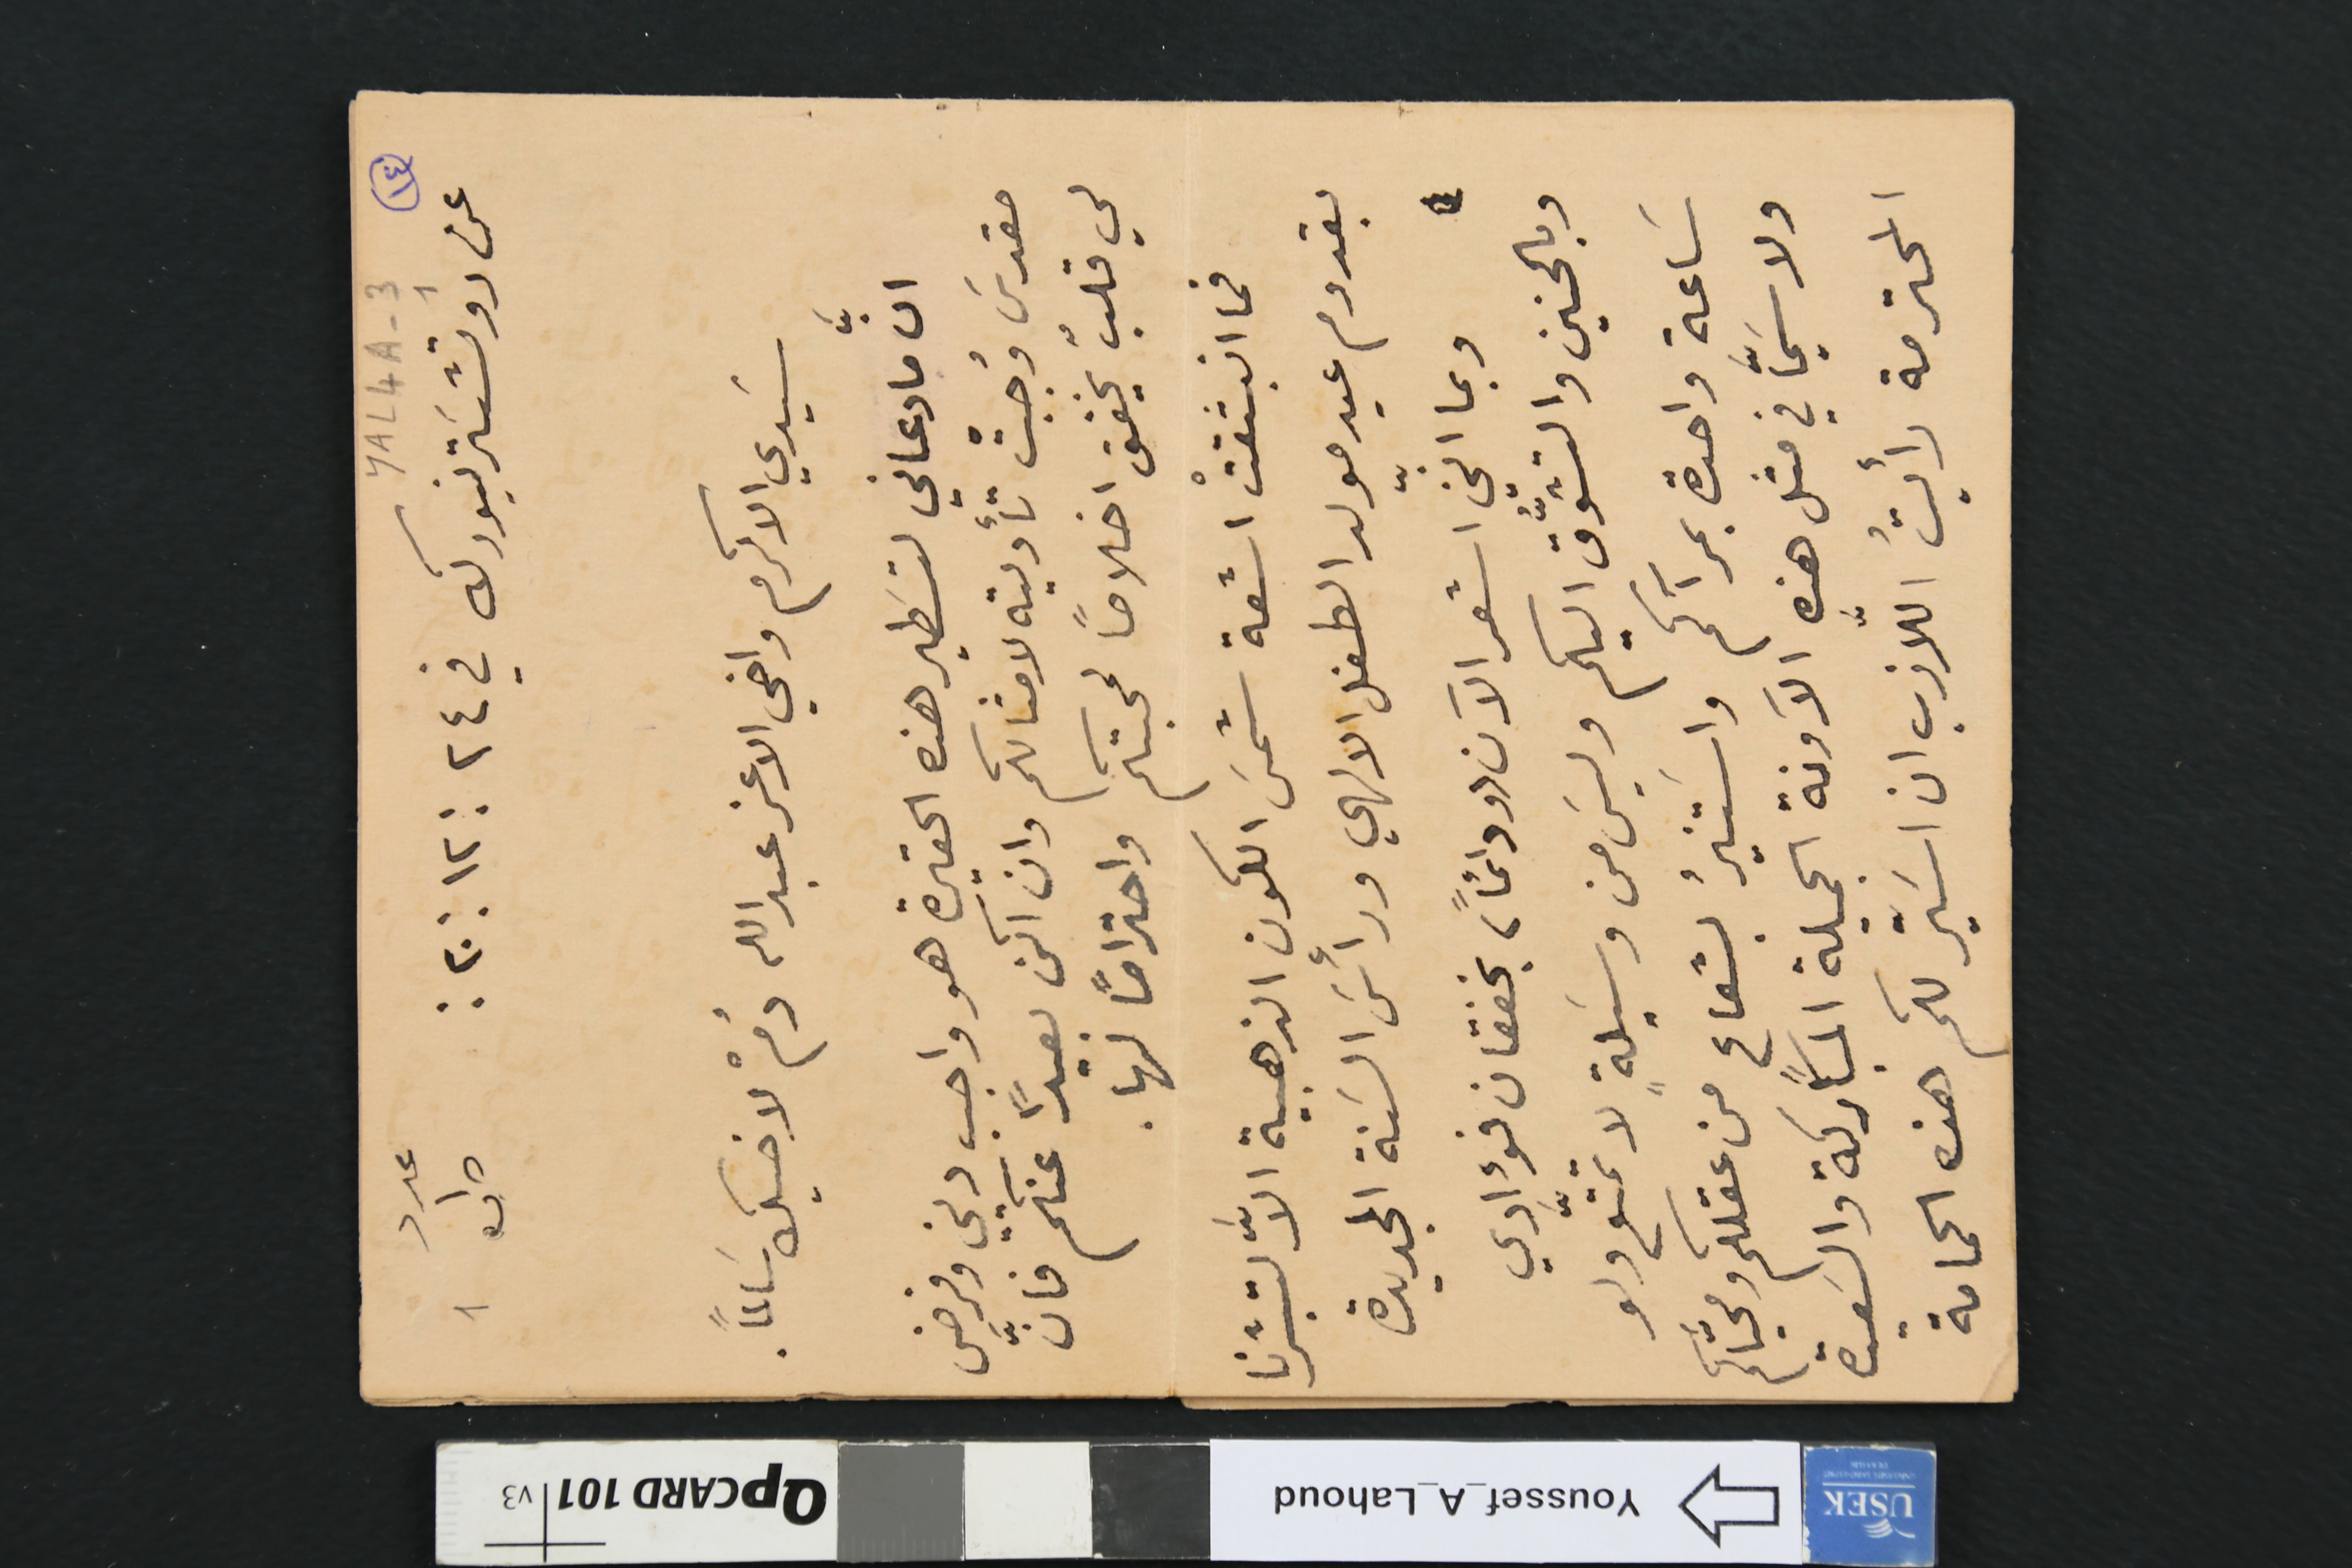
١٤
YAL4A-3 1
عدد ١ ص ١
عن روتشسَتر نيورك في ٢٤ : ١٢ : ٢٠ :
سَيدي الاكرم واخي الاعز عبدالله دُمْ لاخيك سَالماً
انَّ ما دعاني لتسَطير هذه الحقيرة هو واجب ديني وفرض
مقدسَ وُجبتْ تأديته لامثالكم وان اكن بعيدًا عنكم فانَّ
لي قلبُ يخفق اخلاصاً لمحبتكم واحترامًا لها.
فما انبثقتْ اشعة شمسَ الكون الذهبية الاَّ لتبشرنا
بقدوم عيد مولد الطفل الالهي ورأسَ السَنة الجديدة
وبما انّني اشعر الآن (ودائماً) بخفقان فؤادي
وبالحنين والتشوُّق اليكم وليسَ من وسَيلةٍ لا تمتَّع ولو
سَاعة واحدة بمرآكم واسَتنيرُ بشعاعٍ من عقلكم ومحيَّاكم
ولا سَيَّما في مثل هذه الآونة الجميلة المباركة والسَعيدة

المحترمة رأيتُ الَّلازب ان اسَيّر لكم هذه الحمامة